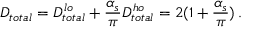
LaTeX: D _ { t o t a l } = D _ { t o t a l } ^ { l o } + { \frac { \alpha _ { s } } { \pi } } D _ { t o t a l } ^ { h o } = 2 ( 1 + { \frac { \alpha _ { s } } { \pi } } ) \, .